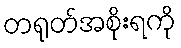
တရုတ်အစိုးရကို